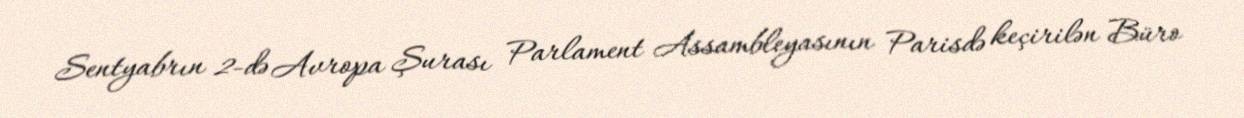
Sentyabrın 2-də Avropa Şurası Parlament Assambleyasının Parisdə keçirilən Büro